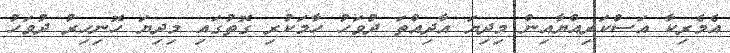
އެމެރިކާ އަސްކަރިއްޔާއިން މިދިޔަ އާދިއްތަ ދުވަހު ހާމަކުރި ގޮތުގައި މިދިޔަ ހޮނިހިރު ދުވަހު